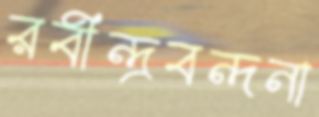
রবীন্দ্রবন্দনা